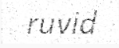
ruvid